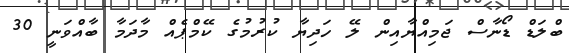
ބްލަޑް ޑޯނާސް ޖަމިއްޔާއިން ލޭ ހަދިޔާ ކުރުމުގެ ކޭމްޕެއް މާދަމާ ބާއްވަނީ 30